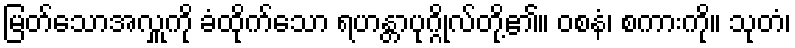
မြတ်သောအလှူကို ခံထိုက်သော ရဟန္တာပုဂ္ဂိုလ်တို့၏။ ဝစနံ၊ စကားကို။ သုတံ၊